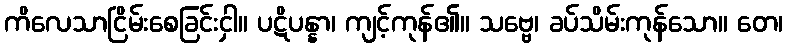
ကိလေသာငြိမ်းစေခြင်းငှါ။ ပဋိပန္နာ၊ ကျင့်ကုန်၏။ သဗ္ဗေ၊ ခပ်သိမ်းကုန်သော။ တေ၊